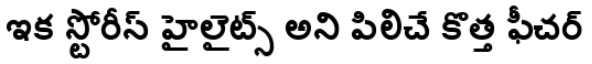
ఇక స్టోరీస్ హైలైట్స్ అని పిలిచే కొత్త ఫీచర్